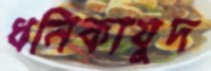
ধনিকাযুদ